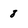
Character: 8